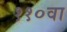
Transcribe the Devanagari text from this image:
११०वा